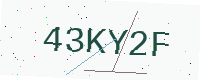
Text: 43KY2F